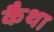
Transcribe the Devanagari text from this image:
कैथा